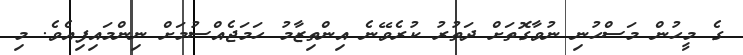
ގެ މީހުން މަސްހުނި ނުވާގޮތަށް ދަތުރު ކުރެވޭނެ އިންތިޒާމު ހަމަޖެއްސުމަށް ނިންމައިިފިއެވެ. މި